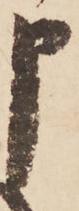
申